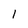
Character: 1